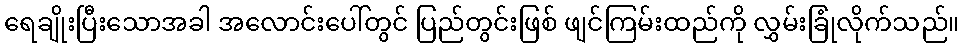
ရေချိုးပြီးသောအခါ အလောင်းပေါ်တွင် ပြည်တွင်းဖြစ် ဖျင်ကြမ်းထည်ကို လွှမ်းခြုံလိုက်သည်။